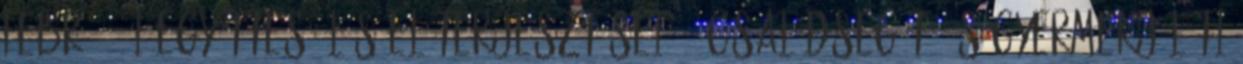
febr. 11-i együttes ülés előterjesztései: - Családsegítő és Gyermekjóléti